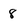
Character: 8